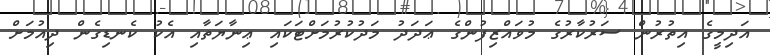
އަދިމީގެ އިތުރުން ސަރުކާރުގެ މުވައްޒިފުންގެ ޢަދަދު މަދުކުރުމަށްޓަކައި ޢިނާޔަތާއި އެކު ކެނޑިގެން ދިއުމަށް